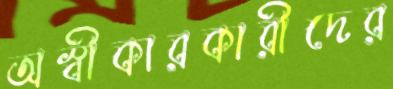
অস্বীকারকারীদের